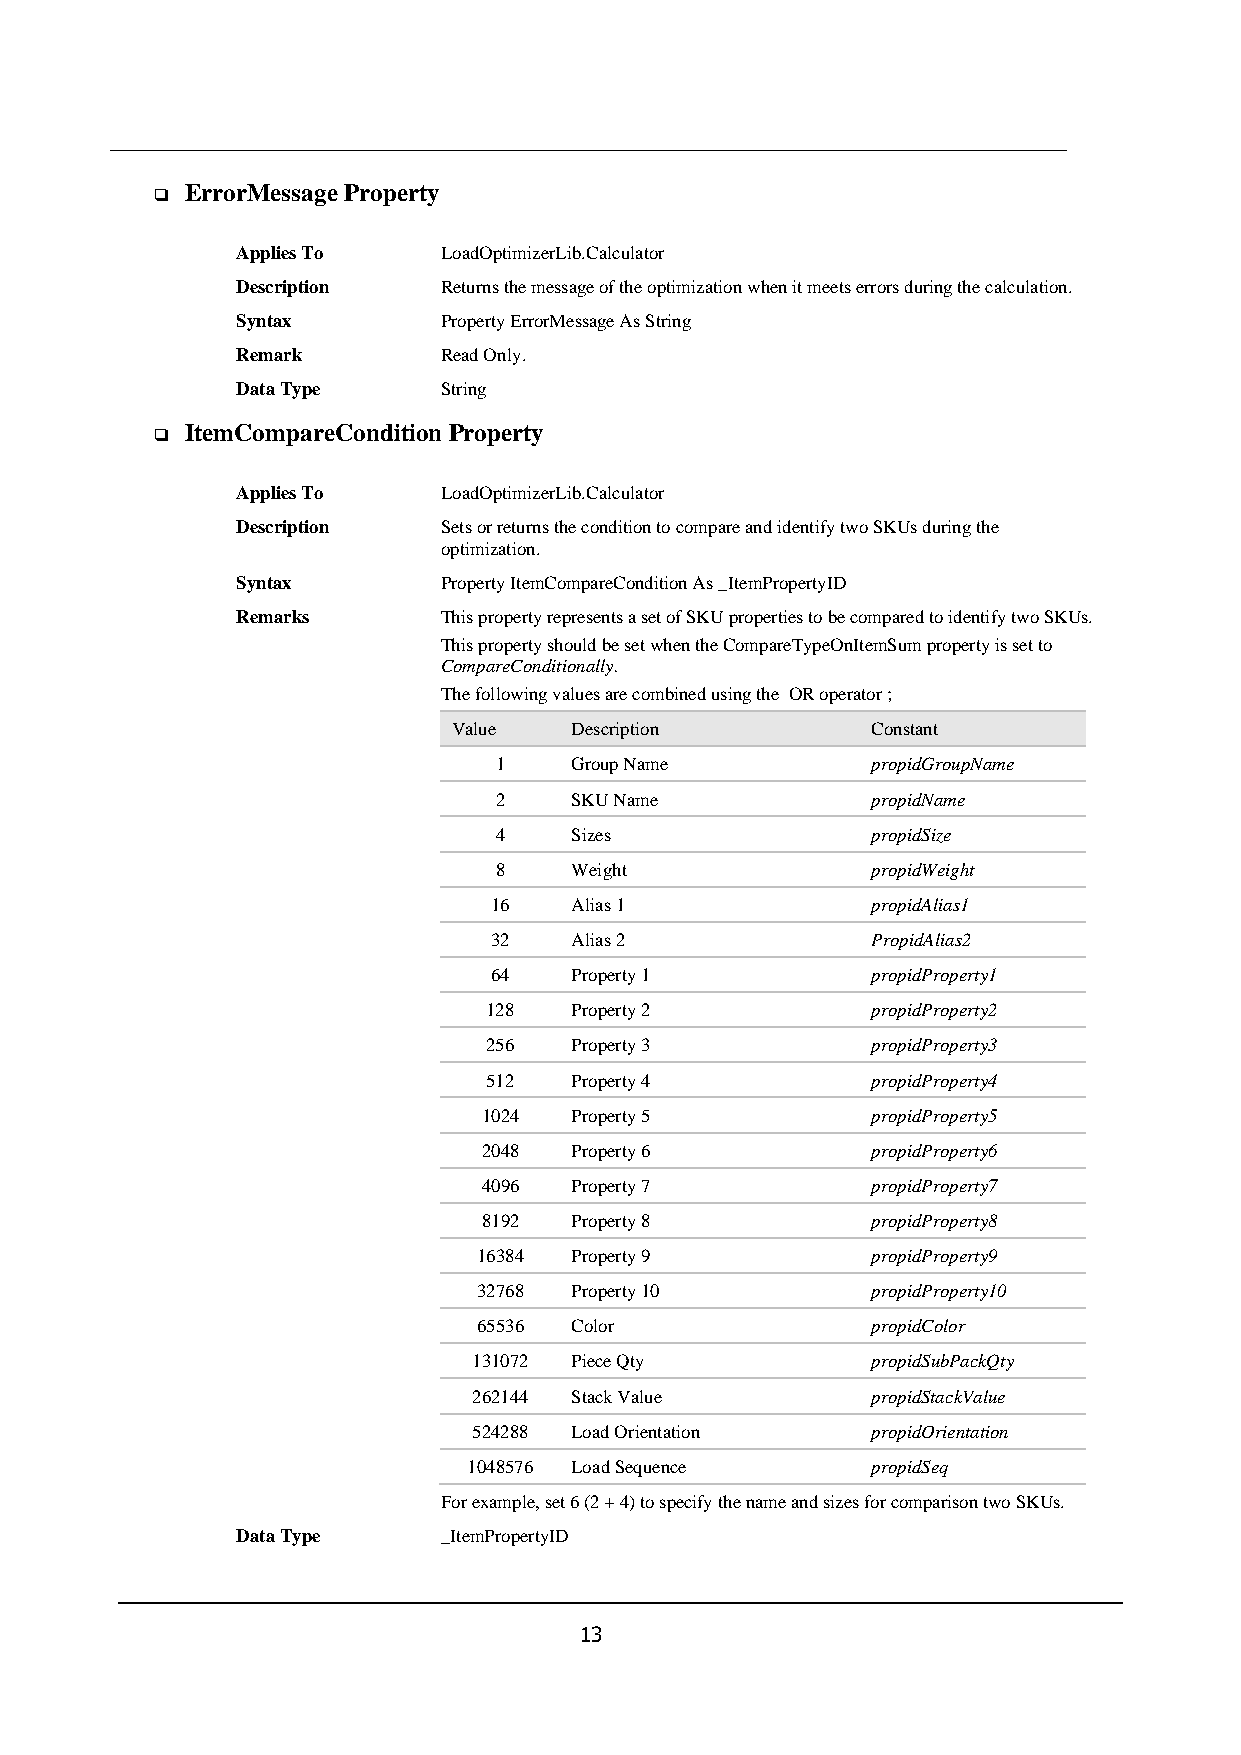
ErrorMessage Property
 ❑
 Applies To   LoadOptimizerLib.Calculator
 Description  Returns the message of the optimization when it meets errors during the calculation.
 Syntax       Property ErrorMessage As String
 Remark       Read Only.
 Data Type    String
 ItemCompareCondition Property
 ❑
 Applies To   LoadOptimizerLib.Calculator
 Description  Sets or returns the condition to compare and identify two SKUs during the
 optimization.
 Syntax       Property ItemCompareCondition As _ItemPropertyID
 Remarks      This property represents a set of SKU properties to be compared to identify two SKUs.
 This property should be set when the CompareTypeOnItemSum property is set to
 CompareConditionally.
 The following values are combined using the OR operator ;
 Value   Description         Constant
 1    Group Name          propidGroupName
 2    SKU Name            propidName
 4    Sizes               propidSize
 8    Weight              propidWeight
 16    Alias 1             propidAlias1
 32    Alias 2             PropidAlias2
 64    Property 1          propidProperty1
 128   Property 2          propidProperty2
 256   Property 3          propidProperty3
 512   Property 4          propidProperty4
 1024  Property 5          propidProperty5
 2048  Property 6          propidProperty6
 4096  Property 7          propidProperty7
 8192  Property 8          propidProperty8
 16384 Property 9          propidProperty9
 32768 Property 10         propidProperty10
 65536 Color               propidColor
 131072 Piece Qty           propidSubPackQty
 262144 Stack Value         propidStackValue
 524288 Load Orientation    propidOrientation
 1048576 Load Sequence      propidSeq
 For example, set 6 (2 + 4) to specify the name and sizes for comparison two SKUs.
 Data Type    _ItemPropertyID
 13